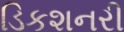
ડિકશનરી